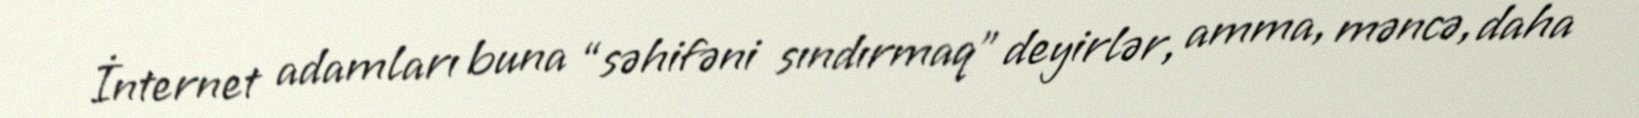
İnternet adamları buna “səhifəni sındırmaq” deyirlər, amma, məncə, daha